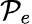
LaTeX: \mathcal{P}_{e}